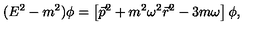
( E ^ { 2 } - m ^ { 2 } ) \phi = \left[ \vec { p } ^ { 2 } + m ^ { 2 } \omega ^ { 2 } \vec { r } ^ { 2 } - 3 m \omega \right] \phi ,